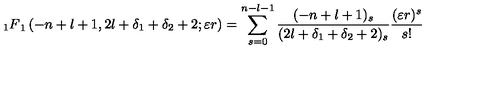
{ _ 1 F } _ { 1 } \left( - n + l + 1 , 2 l + \delta _ { 1 } + \delta _ { 2 } + 2 ; \varepsilon r \right) = \sum _ { s = 0 } ^ { n - l - 1 } \frac { ( - n + l + 1 ) _ { s } } { ( 2 l + \delta _ { 1 } + \delta _ { 2 } + 2 ) _ { s } } \frac { ( \varepsilon r ) ^ { s } } { s ! }